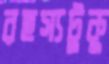
রহস্যটুকু